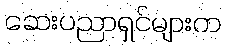
ဆေးပညာရှင်များက